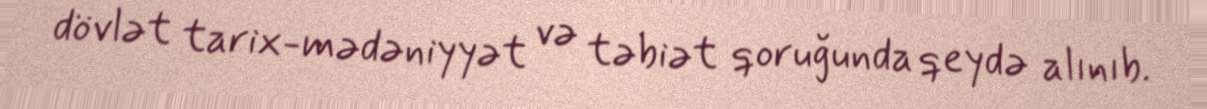
dövlət tarix-mədəniyyət və təbiət qoruğunda qeydə alınıb.